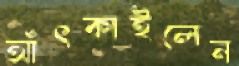
আঁৎকাইলেন